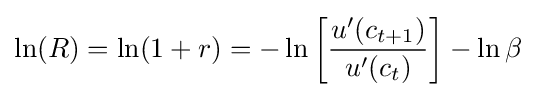
\ln(R)=\ln(1+r)=-\ln {\left[{\frac {u'(c_{t+1})}{u'(c_{t})}}\right]}-\ln {\beta }